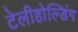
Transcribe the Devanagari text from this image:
टेलीहोल्डिंग